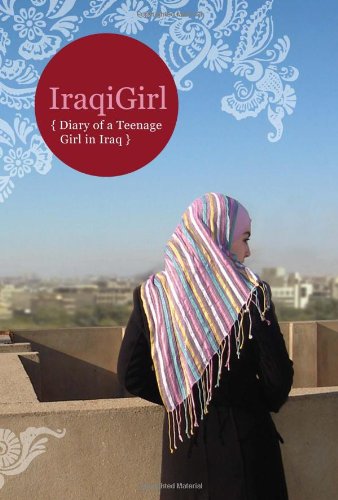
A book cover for IraqiGirl: Diary of a Teenage Girl in Iraq; IraqiGirl; Teen & Young Adult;